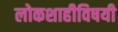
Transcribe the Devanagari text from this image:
लोकशाहीविषयी